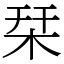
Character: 栞